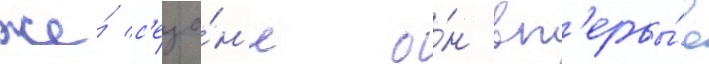
же́ с'езо́н'е о́н вп'ервы́е